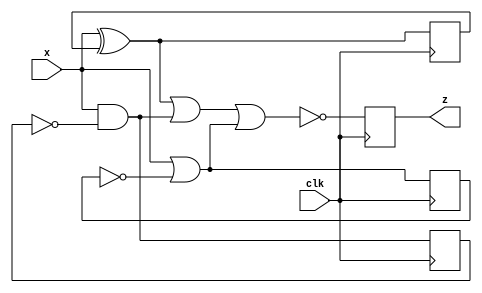
module top_module (
    input clk,
    input x,
    output z
); 
   	reg wire1,wire2,wire3;
    initial z = 1;
    always @(posedge clk)begin
    	wire1 = x^wire1;
        wire2 = x&(~wire2);
        wire3 = x|(~wire3);
        z = ~(wire1|wire2|wire3); 
    end
endmodule